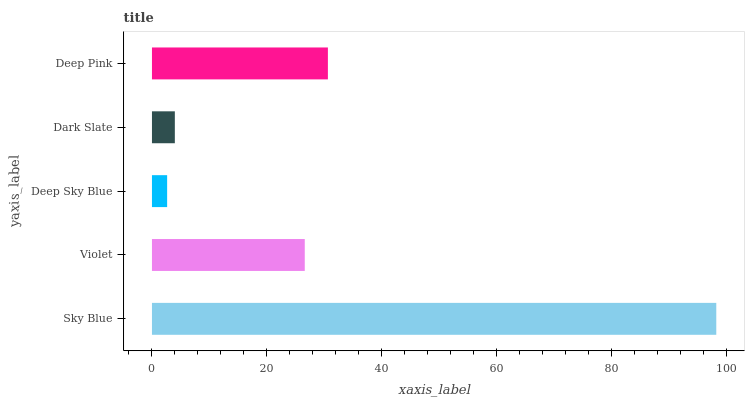
| yaxis_label | bars |
 | --- | --- |
 | Sky Blue | 98.1 |
 | Violet | 26.6 |
 | Deep Sky Blue | 2.64 |
 | Dark Slate | 3.98 |
 | Deep Pink | 30.6 |